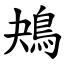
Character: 鴂